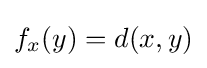
f_{x}(y)=d(x,y)